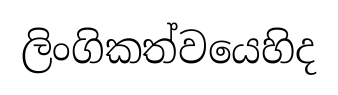
ලිංගිකත්වයෙහිද